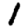
Digit: 1